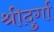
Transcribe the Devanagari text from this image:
श्रीदुर्गा